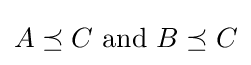
A\preceq C{\text{ and }}B\preceq C